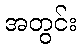
အတွင်း